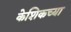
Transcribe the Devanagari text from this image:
केशिकच्या